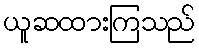
ယူဆထားကြသည်